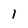
Character: l